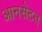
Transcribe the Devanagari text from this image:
आनसेटत्